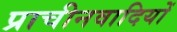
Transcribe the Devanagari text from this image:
प्राचीनवादियों